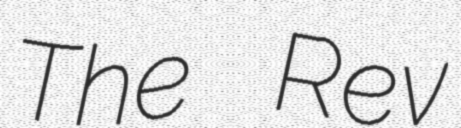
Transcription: The Rev